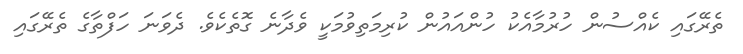
ތެރޭގައި ކެއްސުން ހުރުމާއެކު ހުންއައުން ކުރިމަތިވުމަކީ ވެދާނެ ގޮތެކެވެ. ދެވަނަ ހަފްތާގެ ތެރޭގައި